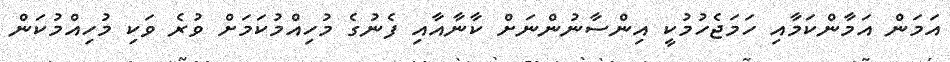
އަމަން އަމާންކަމާއި ހަމަޖެހުމުކީ އިންސާނުންނަށް ކާނާއާއި ފެނުގެ މުހިއްމުކަމަށް ވުރެ ވަކި މުހިއްމުކަން